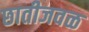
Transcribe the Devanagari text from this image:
छातीजवळ